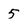
Character: 5